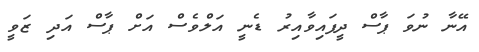
އޭނާ ނުވަ ޕާސް ދީފައިވާއިރު ޑެނީ އަލްވެސް އަށް ޕާސް އަދި ޒަވީ